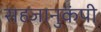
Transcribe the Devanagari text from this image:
सहजानुकंपी